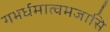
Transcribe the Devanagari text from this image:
गभर्धमात्वमजासि